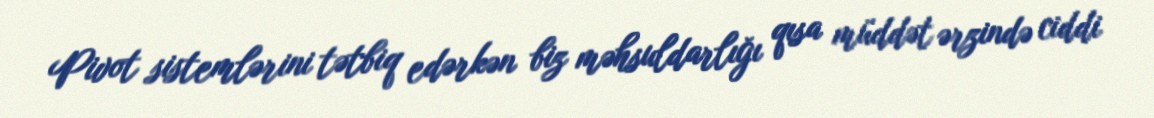
Pivot sistemlərini tətbiq edərkən biz məhsuldarlığı qısa müddət ərzində ciddi